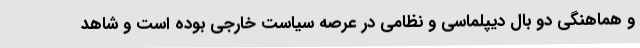
و هماهنگی دو بال دیپلماسی و نظامی در عرصه سیاست خارجی بوده است و شاهد